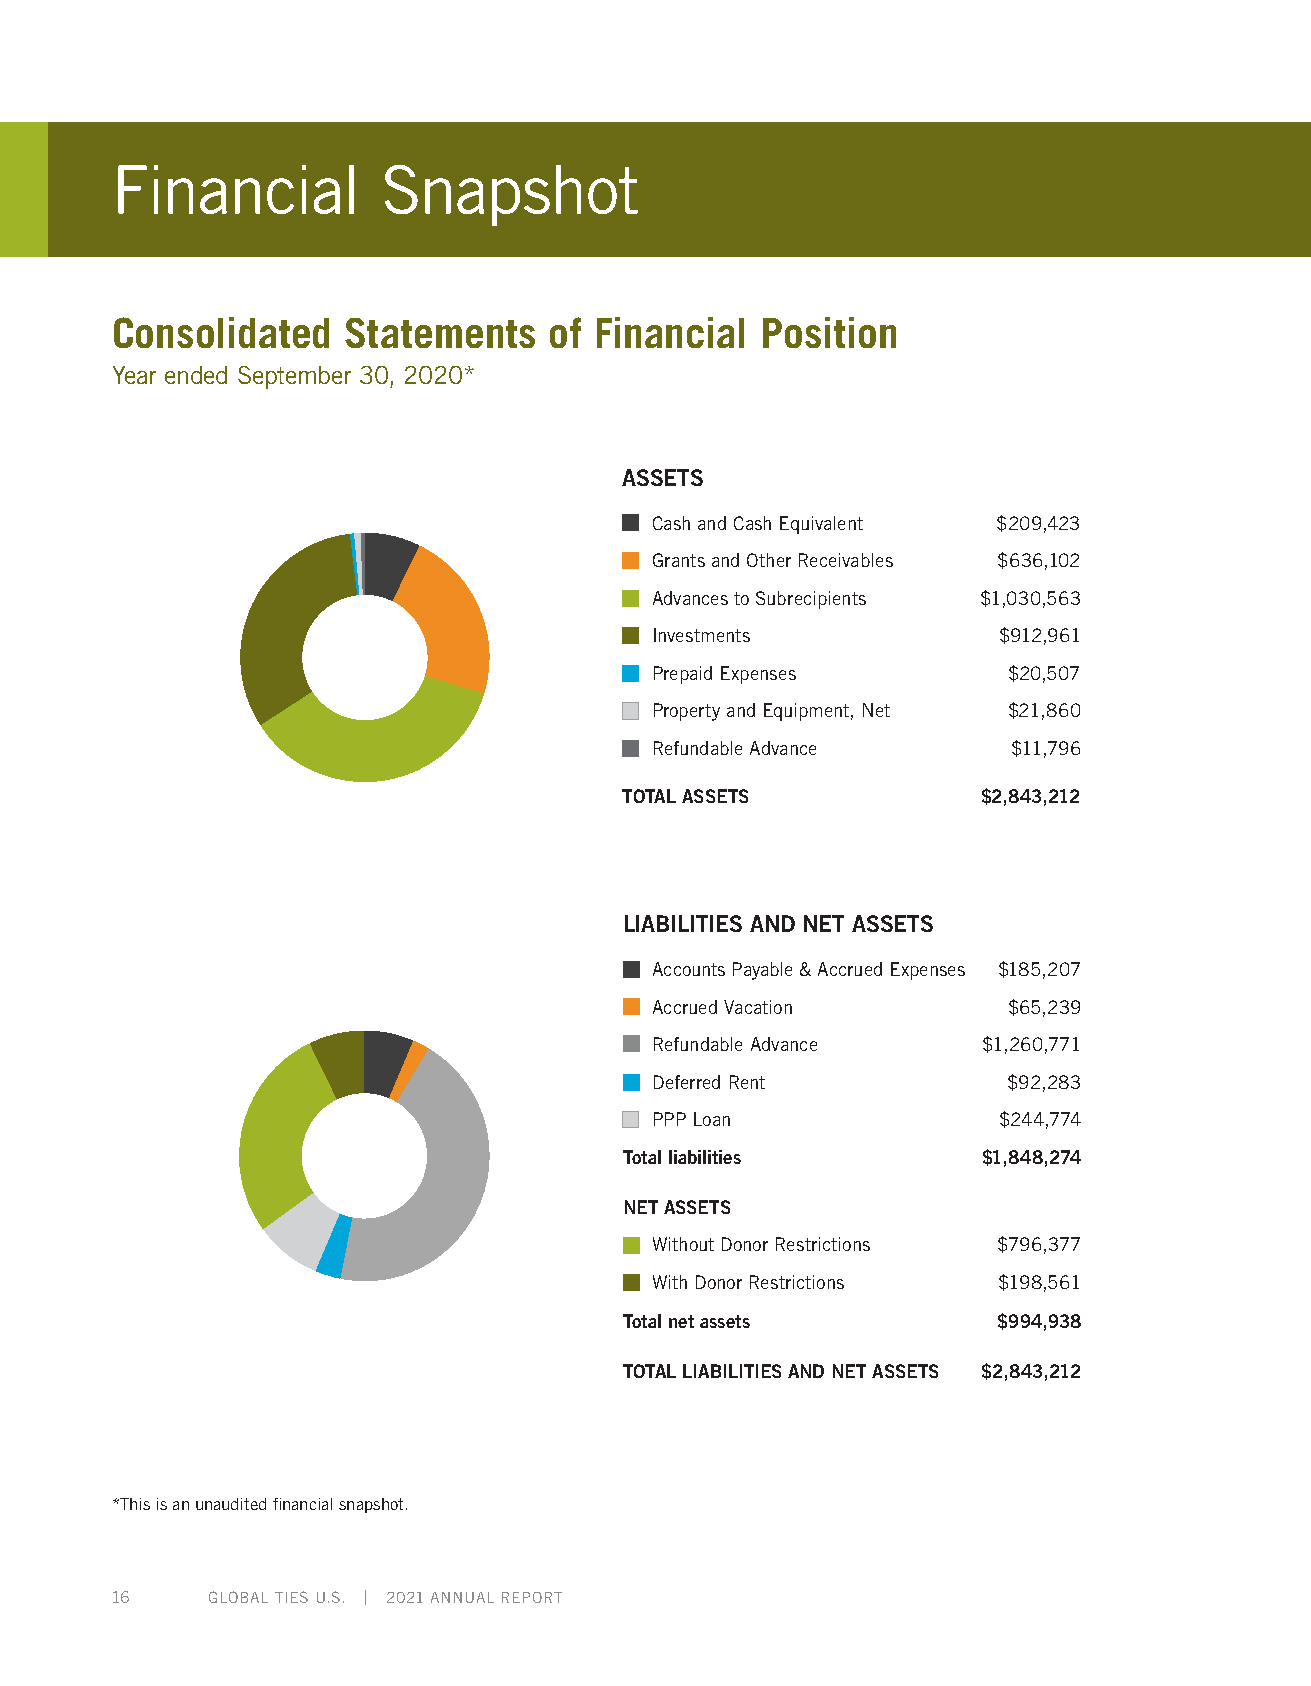
Financial         Snapshot
 Consolidated    Statements   of Financial  Position
 Year ended September 30, 2020*
 ASSETS
 Cash and Cash Equivalent $209,423
 Grants and Other Receivables $636,102
 Advances to Subrecipients $1,030,563
 Investments            $912,961
 Prepaid Expenses        $20,507
 Property and Equipment, Net $21,860
 Refundable Advance      $11,796
 TOTAL ASSETS            $2,843,212
 LIABILITIES AND NET ASSETS
 Accounts Payable & Accrued Expenses $185,207
 Accrued Vacation        $65,239
 Refundable Advance    $1,260,771
 Deferred Rent           $92,283
 PPP Loan               $244,774
 Total liabilities       $1,848,274
 NET ASSETS
 Without Donor Restrictions $796,377
 With Donor Restrictions $198,561
 Total net assets         $994,938
 TOTAL LIABILITIES AND NET ASSETS $2,843,212
 *This is an unaudited financial snapshot.
 16     GLOBAL TIES U.S. | 2021 ANNUAL REPORT